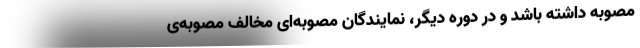
مصوبه داشته باشد و در دوره دیگر، نمایندگان مصوبه‌ای مخالف مصوبه‌ی